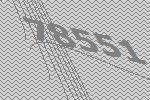
78551